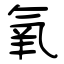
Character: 氧